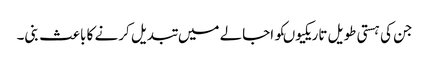
جن کی ہستی طویل تاریکیوںکو اجالے میں تبدیل کرنے کا باعث بنی۔